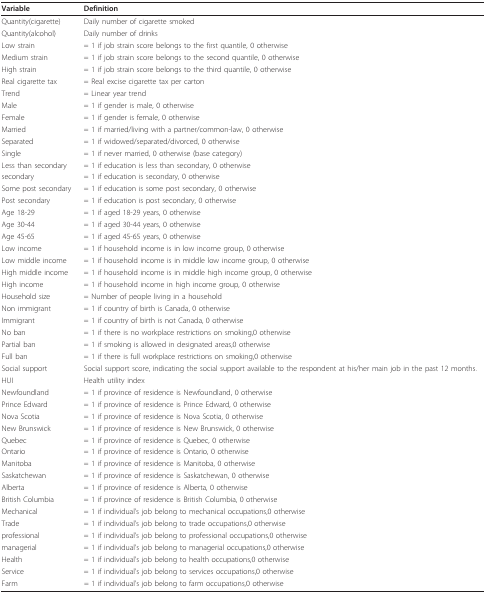
<table><thead><tr><td><b>Variable</b></td><td><b>Definition</b></td></tr></thead><tbody><tr><td>Quantity(cigarette)</td><td>Daily number of cigarette smoked</td></tr><tr><td>Quantity(alcohol)</td><td>Daily number of drinks</td></tr><tr><td>Low strain</td><td>= 1 if job strain score belongs to the first quantile, 0 otherwise</td></tr><tr><td>Medium strain</td><td>= 1 if job strain score belongs to the second quantile, 0 otherwise</td></tr><tr><td>High strain</td><td>= 1 if job strain score belongs to the third quantile, 0 otherwise</td></tr><tr><td>Real cigarette tax</td><td>= Real excise cigarette tax per carton</td></tr><tr><td>Trend</td><td>= Linear year trend</td></tr><tr><td>Male</td><td>= 1 if gender is male, 0 otherwise</td></tr><tr><td>Female</td><td>= 1 if gender is female, 0 otherwise</td></tr><tr><td>Married</td><td>= 1 if married/living with a partner/common-law, 0 otherwise</td></tr><tr><td>Separated</td><td>= 1 if widowed/separated/divorced, 0 otherwise</td></tr><tr><td>Single</td><td>= 1 if never married, 0 otherwise (base category)</td></tr><tr><td>Less than secondary</td><td>= 1 if education is less than secondary, 0 otherwise</td></tr><tr><td>secondary</td><td>= 1 if education is secondary, 0 otherwise</td></tr><tr><td>Some post secondary</td><td>= 1 if education is some post secondary, 0 otherwise</td></tr><tr><td>Post secondary</td><td>= 1 if education is post secondary, 0 otherwise</td></tr><tr><td>Age 18-29</td><td>= 1 if aged 18-29 years, 0 otherwise</td></tr><tr><td>Age 30-44</td><td>= 1 if aged 30-44 years, 0 otherwise</td></tr><tr><td>Age 45-65</td><td>= 1 if aged 45-65 years, 0 otherwise</td></tr><tr><td>Low income</td><td>= 1 if household income is in low income group, 0 otherwise</td></tr><tr><td>Low middle income</td><td>= 1 if household income is in middle low income group, 0 otherwise</td></tr><tr><td>High middle income</td><td>= 1 if household income is in middle high income group, 0 otherwise</td></tr><tr><td>High income</td><td>= 1 if household income in high income group, 0 otherwise</td></tr><tr><td>Household size</td><td>= Number of people living in a household</td></tr><tr><td>Non immigrant</td><td>= 1 if country of birth is Canada, 0 otherwise</td></tr><tr><td>Immigrant</td><td>= 1 if country of birth is not Canada, 0 otherwise</td></tr><tr><td>No ban</td><td>= 1 if there is no workplace restrictions on smoking,0 otherwise</td></tr><tr><td>Partial ban</td><td>= 1 if smoking is allowed in designated areas,0 otherwise</td></tr><tr><td>Full ban</td><td>= 1 if there is full workplace restrictions on smoking,0 otherwise</td></tr><tr><td>Social support</td><td>Social support score, indicating the social support available to the respondent at his/her main job in the past 12 months.</td></tr><tr><td>HUI</td><td>Health utility index</td></tr><tr><td>Newfoundland</td><td>= 1 if province of residence is Newfoundland, 0 otherwise</td></tr><tr><td>Prince Edward</td><td>= 1 if province of residence is Prince Edward, 0 otherwise</td></tr><tr><td>Nova Scotia</td><td>= 1 if province of residence is Nova Scotia, 0 otherwise</td></tr><tr><td>New Brunswick</td><td>= 1 if province of residence is New Brunswick, 0 otherwise</td></tr><tr><td>Quebec</td><td>= 1 if province of residence is Quebec, 0 otherwise</td></tr><tr><td>Ontario</td><td>= 1 if province of residence is Ontario, 0 otherwise</td></tr><tr><td>Manitoba</td><td>= 1 if province of residence is Manitoba, 0 otherwise</td></tr><tr><td>Saskatchewan</td><td>= 1 if province of residence is Saskatchewan, 0 otherwise</td></tr><tr><td>Alberta</td><td>= 1 if province of residence is Alberta, 0 otherwise</td></tr><tr><td>British Columbia</td><td>= 1 if province of residence is British Columbia, 0 otherwise</td></tr><tr><td>Mechanical</td><td>= 1 if individual&#x27;s job belong to mechanical occupations,0 otherwise</td></tr><tr><td>Trade</td><td>= 1 if individual&#x27;s job belong to trade occupations,0 otherwise</td></tr><tr><td>professional</td><td>= 1 if individual&#x27;s job belong to professional occupations,0 otherwise</td></tr><tr><td>managerial</td><td>= 1 if individual&#x27;s job belong to managerial occupations,0 otherwise</td></tr><tr><td>Health</td><td>= 1 if individual&#x27;s job belong to health occupations,0 otherwise</td></tr><tr><td>Service</td><td>= 1 if individual&#x27;s job belong to services occupations,0 otherwise</td></tr><tr><td>Farm</td><td>= 1 if individual&#x27;s job belong to farm occupations,0 otherwise</td></tr></tbody></table>